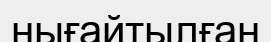
нығайтылған